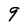
Character: 9